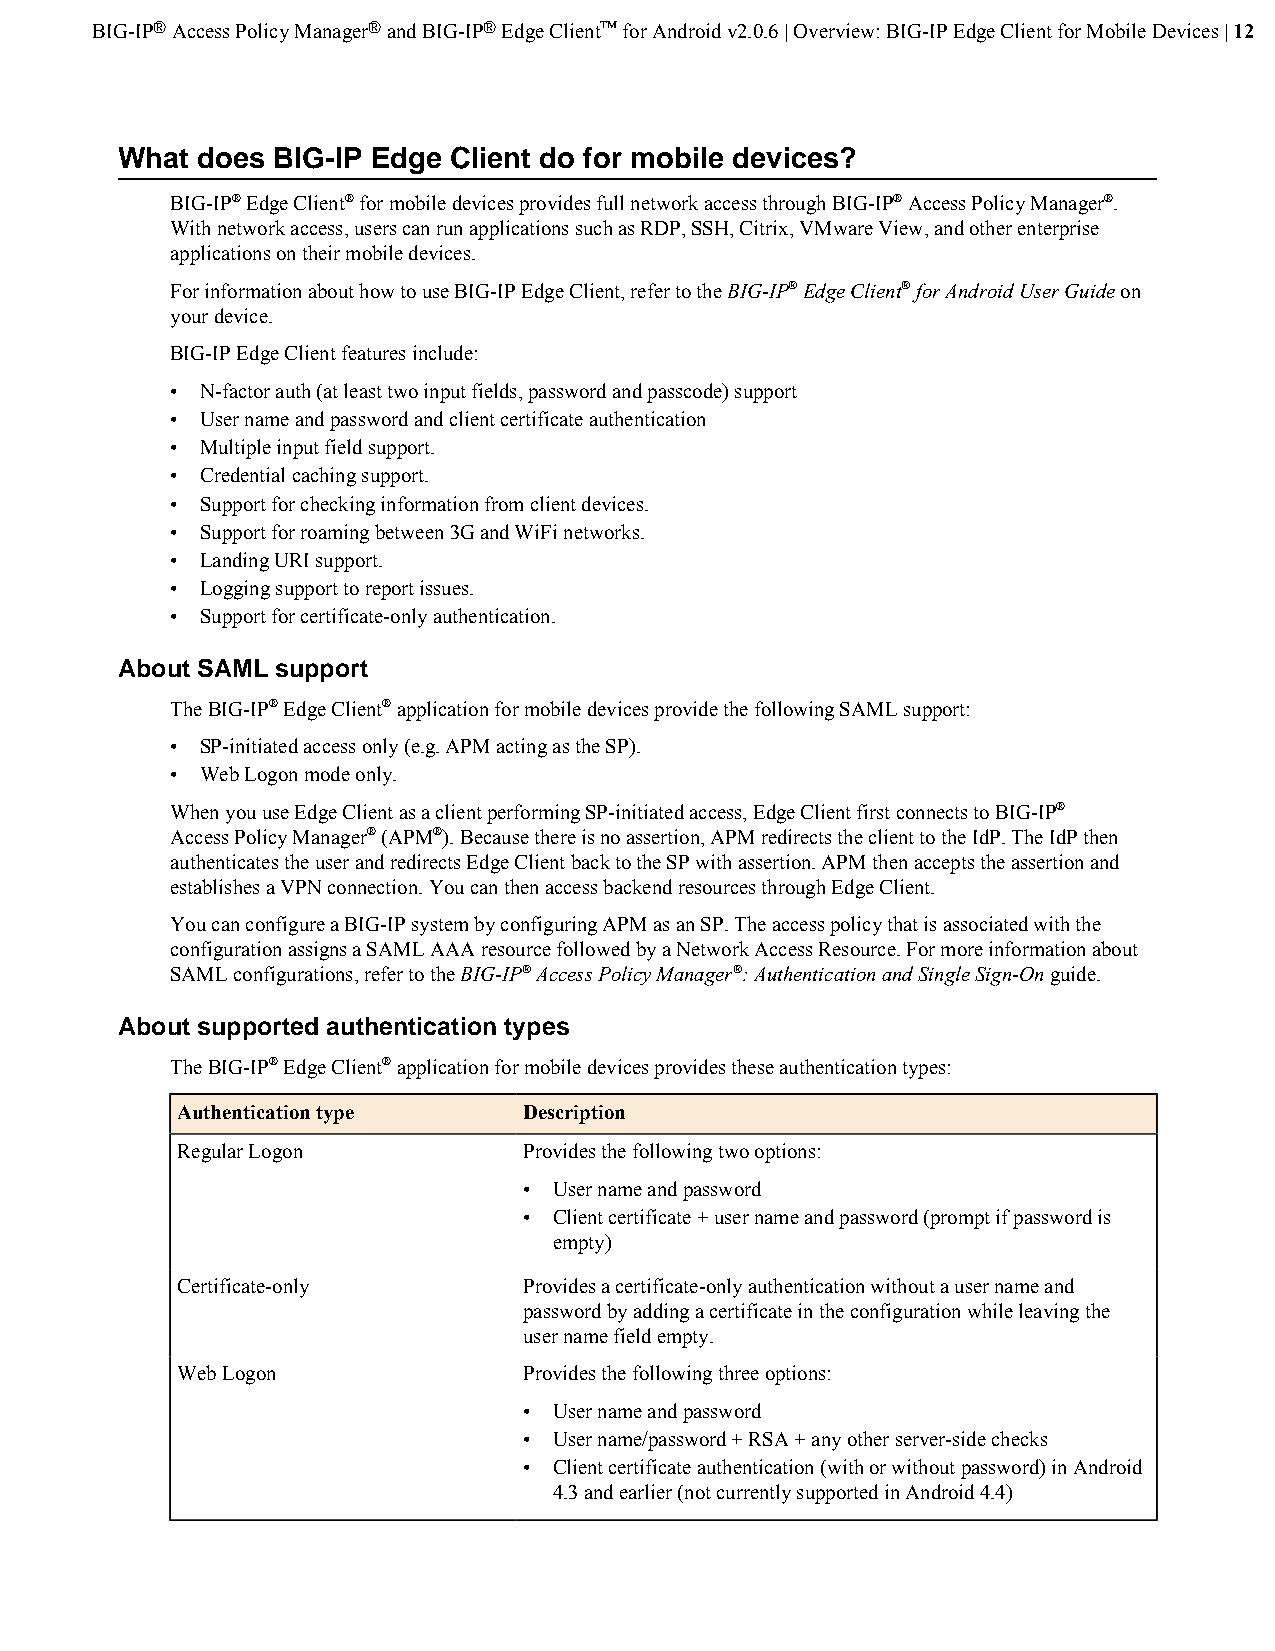
BIG-IP® Access Policy Manager® and BIG-IP® Edge Client™ for Android v2.0.6 | Overview: BIG-IP Edge Client for Mobile Devices | 12
 What does BIG-IP Edge Client do for mobile devices?
 BIG-IP® Edge Client® for mobile devices provides full network access through BIG-IP® Access Policy Manager®.
 With network access, users can run applications such as RDP, SSH, Citrix, VMware View, and other enterprise
 applications on their mobile devices.
 For information about how to use BIG-IP Edge Client, refer to the BIG-IP® Edge Client® for Android User Guide on
 your device.
 BIG-IP Edge Client features include:
 • N-factor auth (at least two input fields, password and passcode) support
 • User name and password and client certificate authentication
 • Multiple input field support.
 • Credential caching support.
 • Support for checking information from client devices.
 • Support for roaming between 3G and WiFi networks.
 • Landing URI support.
 • Logging support to report issues.
 • Support for certificate-only authentication.
 About SAML support
 The BIG-IP® Edge Client® application for mobile devices provide the following SAML support:
 • SP-initiated access only (e.g. APM acting as the SP).
 • Web Logon mode only.
 When you use Edge Client as a client performing SP-initiated access, Edge Client first connects to BIG-IP®
 Access Policy Manager® (APM®). Because there is no assertion, APM redirects the client to the IdP. The IdP then
 authenticates the user and redirects Edge Client back to the SP with assertion. APM then accepts the assertion and
 establishes a VPN connection. You can then access backend resources through Edge Client.
 You can configure a BIG-IP system by configuring APM as an SP. The access policy that is associated with the
 configuration assigns a SAML AAA resource followed by a Network Access Resource. For more information about
 SAML configurations, refer to the BIG-IP® Access Policy Manager®: Authentication and Single Sign-On guide.
 About supported authentication types
 The BIG-IP® Edge Client® application for mobile devices provides these authentication types:
 Authentication type    Description
 Regular Logon          Provides the following two options:
 • User name and password
 • Client certificate + user name and password (prompt if password is
 empty)
 Certificate-only       Provides a certificate-only authentication without a user name and
 password by adding a certificate in the configuration while leaving the
 user name field empty.
 Web Logon              Provides the following three options:
 • User name and password
 • User name/password + RSA + any other server-side checks
 • Client certificate authentication (with or without password) in Android
 4.3 and earlier (not currently supported in Android 4.4)